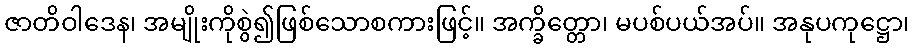
ဇာတိဝါဒေန၊ အမျိုးကိုစွဲ၍ဖြစ်သောစကားဖြင့်။ အက္ခိတ္တော၊ မပစ်ပယ်အပ်။ အနုပကုဋ္ဌော၊